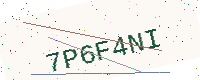
Text: 7P6F4NI